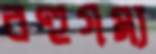
বহুগম্য